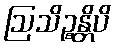
ဩသိဉ္စန္တိပိ